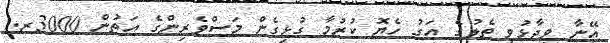
އޭނާ ވިދާޅުވީ ތެލުގެ އަގު ހެޔޮ ކުރުމާ ގުޅިގެން މަސްވެރިންގެ އަތުން 3000ރ.